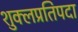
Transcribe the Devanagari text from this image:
शुक्लप्रतिपदा